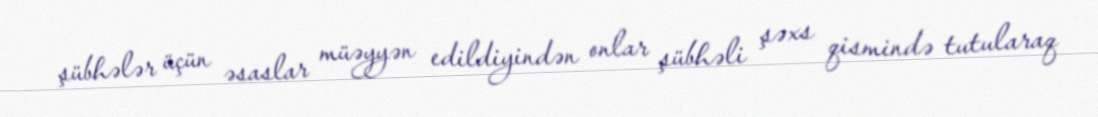
şübhələr üçün əsaslar müəyyən edildiyindən onlar şübhəli şəxs qismində tutularaq